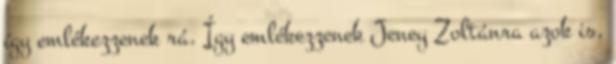
így emlékezzenek rá. Így emlékezzenek Jeney Zoltánra azok is,